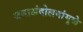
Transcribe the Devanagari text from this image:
जनाअंदोलनांमुळे